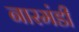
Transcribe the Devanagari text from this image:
नारमंडी